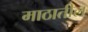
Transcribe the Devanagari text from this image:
माठातील